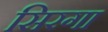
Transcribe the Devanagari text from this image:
सिरगा